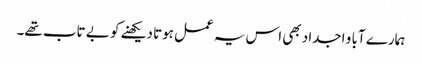
ہمارے آبا و اجداد بھی اس یہ عمل ہوتا دیکھنے کو بے تاب تھے۔